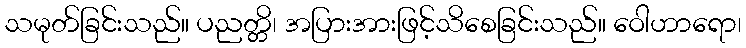
သမုတ်ခြင်းသည်။ ပညတ္တိ၊ အပြားအားဖြင့်သိစေခြင်းသည်။ ဝေါဟာရော၊